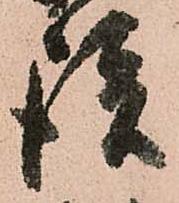
談